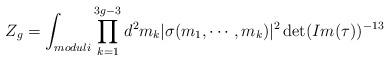
LaTeX: \begin{align*}Z_g=\int_{moduli}\prod_{k=1}^{3g-3}d^2m_k | \sigma(m_1, \cdots,m_k)|^2\det(Im(\tau))^{-13}\end{align*}